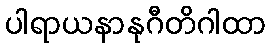
ပါရာယနာနုဂီတိဂါထာ